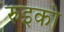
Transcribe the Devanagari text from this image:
रुइको